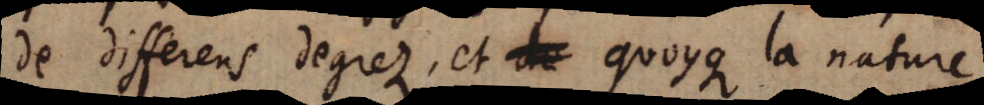
de differens degrez, et de quoyque la nature